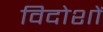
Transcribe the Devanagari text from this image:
विदोशों